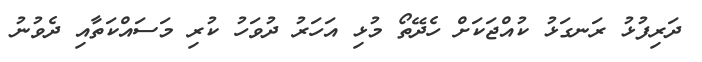
ދަރިފުޅު ރަނގަޅު ކުއްޖަކަށް ހެދޭތޯ މުޅި އަހަރު ދުވަހު ކުރި މަސައްކަތާއި ދެވުނު